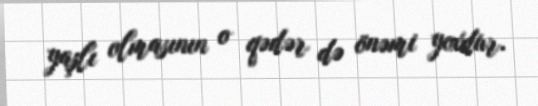
yaşlı olmasının o qədər də önəmi yoxdur.